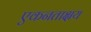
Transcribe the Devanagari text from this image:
एकनताक्षय